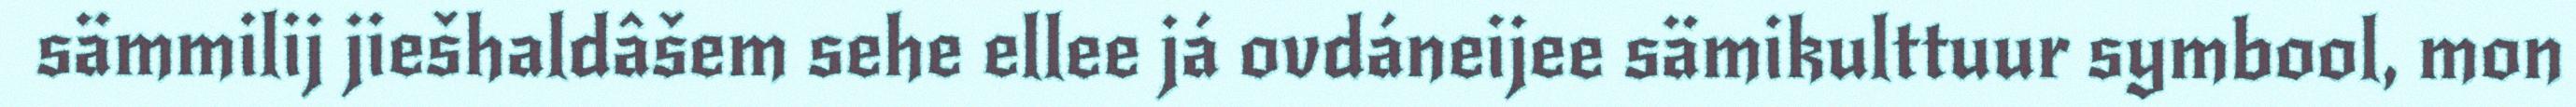
sämmilij jiešhaldâšem sehe ellee já ovdáneijee sämikulttuur symbool, mon